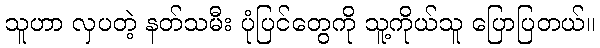
သူဟာ လှပတဲ့ နတ်သမီး ပုံပြင်တွေကို သူ့ကိုယ်သူ ပြောပြတယ်။